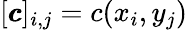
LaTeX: [{\pmb{c}}]_{i,j}=c(x_{i},y_{j})